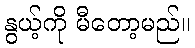
နွယ့်ကို မီတော့မည်။